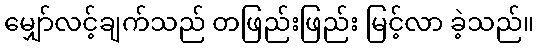
မျှော်လင့်ချက်သည် တဖြည်းဖြည်း မြင့်လာ ခဲ့သည်။